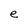
Character: e